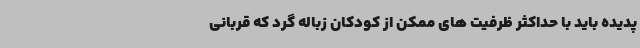
پدیده باید با حداکثر ظرفیت های ممکن از کودکان زباله گرد که قربانی